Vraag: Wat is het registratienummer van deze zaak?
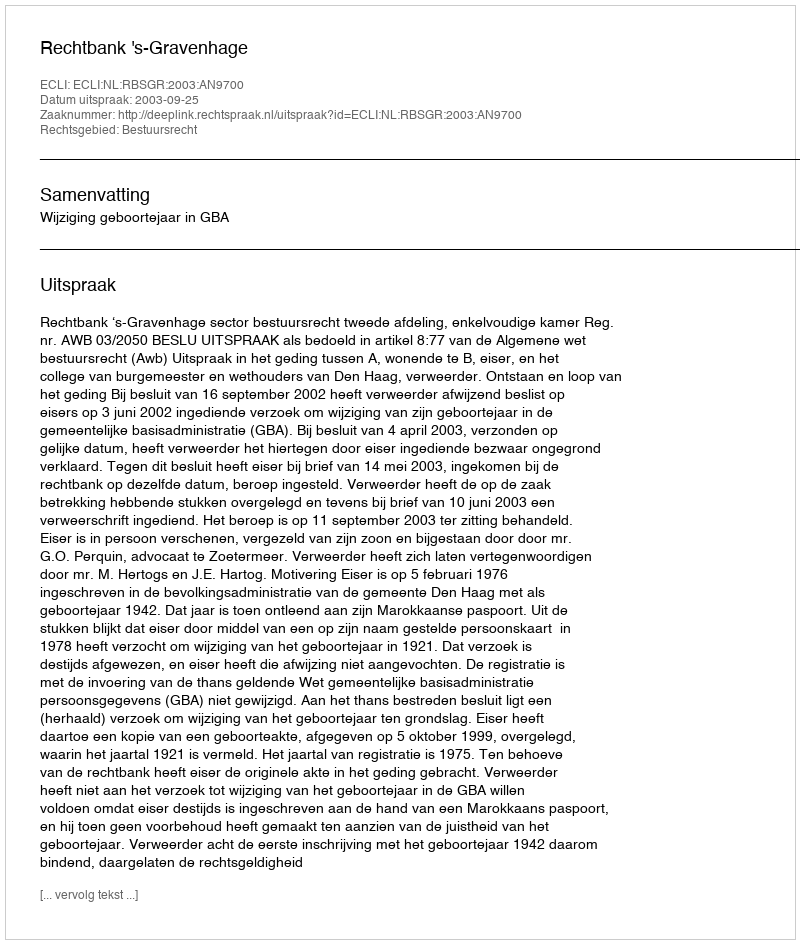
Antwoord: http://deeplink.rechtspraak.nl/uitspraak?id=ECLI:NL:RBSGR:2003:AN9700